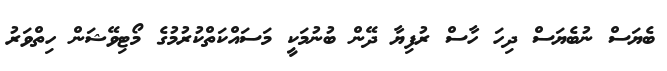
ބެޔަސް ނުބެޔަސް ދިހަ ހާސް ރުފިޔާ ދޭން ބުނުމަކީ މަސައްކަތްކުރުމުގެ މޯޓިވޭޝަން ހިތްވަރު